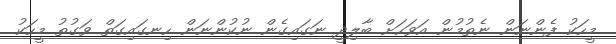
މީހަކު ފެންނަން ނެތުމުން އަވަހަށް ބާލިދީ ނަގައިގެން ނުކުންނަން ހިނގައިގަތް ވަގުތު މީހަކު